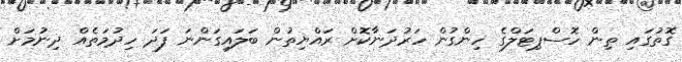
ގޮތުގައި ތިން ހޮސްޕިޓަލްގެ ހިންގުން ހަރުދަނާކޮށް ރައްޔިތުން ބަލައިގަންނަ ފަދަ ހިދުމަތެއް ދިނުމަށް